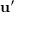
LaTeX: \mathbf { u } ^ { \prime }